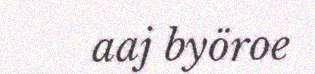
aaj byöroe